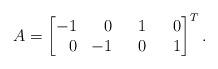
LaTeX: \begin{align*}A = \begin{bmatrix}-1 & \phantom{-}0 & \phantom{-}1 & \phantom{-}0 \\ \phantom{-}0 & -1 & \phantom{-}0 & \phantom{-}1 \end{bmatrix}^T .\end{align*}